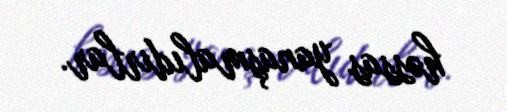
həssas yanaşmalıdırlar.